Calcutta medical institutions reports 1892-1900
Year: 1892
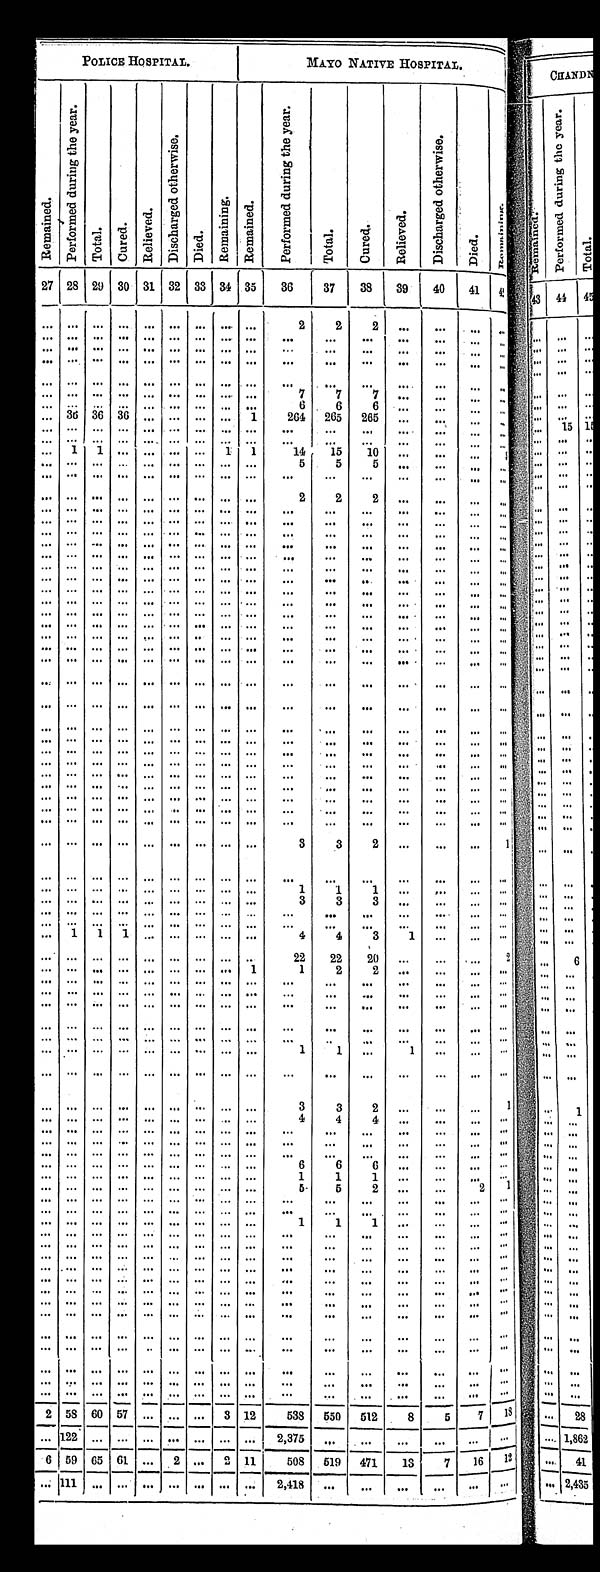
P O L I C E H O S P I T A L .
MAYO NATIVE HOSPITAL.
R e m a i n e d .
P e r f o r m e d d u r i n g t h e y e a r .
T o t a l .
C u r e d .
R e l i e v e d .
D i s c h a r g e d o t h e r w i s e .
D i e d .
R e m a i n i n g .
R e m a i n e d .
P e r f o r m e d d u r i n g t h e y e a r .
T o t a l .
C u r e d .
R e l i e v e d .
D i s c h a r g e d o t h e r w i s e .
D i e d .
R e m a i n i n g .
27 28 29 30 31 32 33 34 35 36
37
3 8 39
40
41
4 2
2
2 2
7
7
7
6
6 6
3 6
3 6
3 6
1
264 265 265
1
1
1 1
14
15
10
5
5 5
2
2 2
3
3
2
1
1
1
1
3
3
3
1
1
1
4
4
3
1
22
22
20
2
1
1
2 2
1
1
1
3
3
2
1
4
4
4
6
6
6
1
1
1
5
5 2
2
1
1
1 1
2
5 8
6 0 5 7
3 12
538 550
512
8
5
7
1 8
1 2 2
2,375
6 59 65 61
2
2 11
508 519 471
13
7
1 6 12
1111
2,418